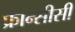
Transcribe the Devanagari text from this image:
फ्रान्सीसी